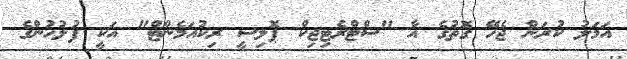
އަމަލު ކުރަން ޖެހޭ ގޮތުގެ އާ "ސްޓްރެޓިޖިކް ޕޮލިސީ ރިކުއަމެންޓް" އަކީ ފުލުހުންގެ